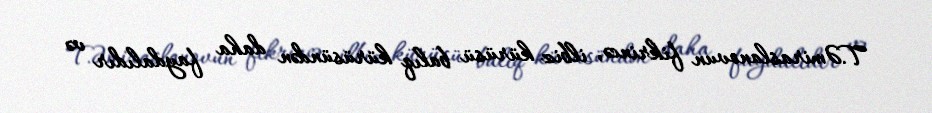
T.Əmiraslanovun fikrincə, ilbiz kürüsü balıq kürüsündən daha faydalıdır və